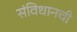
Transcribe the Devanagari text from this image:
संविधानची